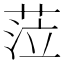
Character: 𦲷